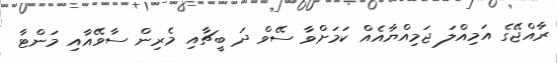
ރާއްޖޭގެ އަމިއްލަ ޖަމިއްޔާއެއް ކަމަށްވާ ސޭވް ދަ ބީޗާއި މެރިން ސާވޭއާއި މަންޓާ